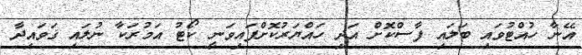
އޭނާ ހުއްޓުވައި ބަލައި ފާސްކޮށް އަދި ހައްޔަރުކޮށްފައިވަނީ ކޯޓު އަމުރަކާ ނުލައި ޤަވައިދާ